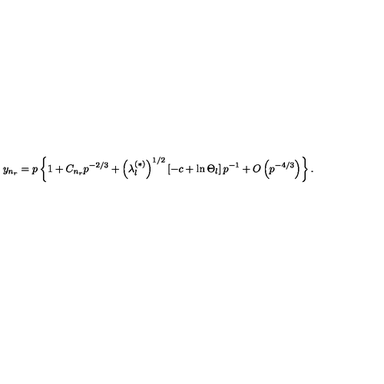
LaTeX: y _ { n _ { r } } = p \left\{ 1 + C _ { n _ { r } } p ^ { - 2 / 3 } + \left( \lambda _ { l } ^ { ( \ast ) } \right) ^ { 1 / 2 } \left[ - c + \ln \Theta _ { l } \right] p ^ { - 1 } + O \left( p ^ { - 4 / 3 } \right) \right\} .